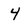
Character: 4